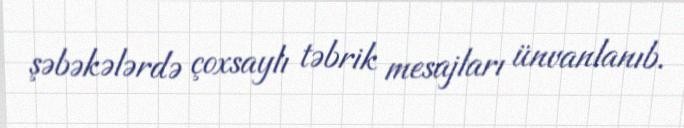
şəbəkələrdə çoxsaylı təbrik mesajları ünvanlanıb.